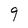
Character: 9